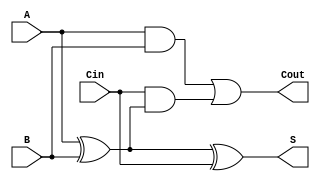
module tree_structured_full_adder (
    input wire A,        // First input bit
    input wire B,        // Second input bit
    input wire Cin,      // Carry-in bit
    output wire S,       // Sum output
    output wire Cout     // Carry-out output
);

// Intermediate signals
wire intermediate_sum1; // A  B
wire intermediate_sum2; // (A  B)  Cin
wire carry1;           // A AND B
wire carry2;           // Cin AND (A  B)

// First level of the tree structure for sum calculation
assign intermediate_sum1 = A ^ B;          // Intermediate Sum1 = A  B
assign intermediate_sum2 = intermediate_sum1 ^ Cin; // S = Intermediate Sum1  Cin

// Output sum
assign S = intermediate_sum2;               // Final Sum output

// First level of the tree structure for carry calculation
assign carry1 = A & B;                       // Carry1 = A AND B
assign carry2 = Cin & intermediate_sum1;     // Carry2 = Cin AND (A  B)

// Second level to calculate carry-out
assign Cout = carry1 | carry2;               // Cout = Carry1 OR Carry2

endmodule